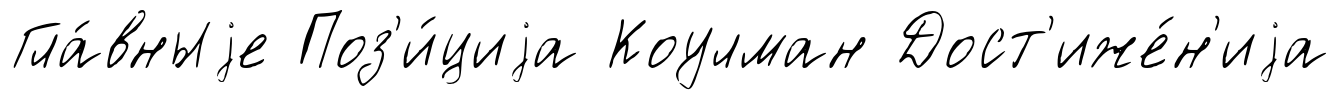
Гла́вныjе Поз'и́циjа Коулман Дост'иже́н'иjа